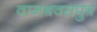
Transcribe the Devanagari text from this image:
वाजश्रवसपुत्र